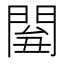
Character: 𨴘